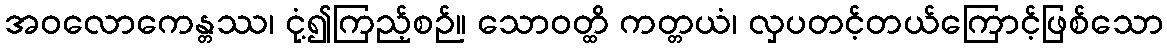
အဝလောကေန္တဿ၊ ငုံ့၍ကြည့်စဉ်။ သောဝတ္ထိ ကတ္တယံ၊ လှပတင့်တယ်ကြောင့်ဖြစ်သော